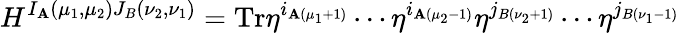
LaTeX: H^{I_{\mathbf{A}}(\mu_{1},\mu_{2})J_{B}(\nu_{2},\nu_{1})}=\mathrm{{Tr}}\eta^{i_{\mathbf{A}(\mu_{1}+1)}}\cdots\eta^{i_{\mathbf{A}(\mu_{2}-1)}}\eta^{j_{B(\nu_{2}+1)}}\cdots\eta^{j_{B(\nu_{1}-1)}}